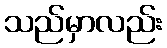
သည်မှာလည်း